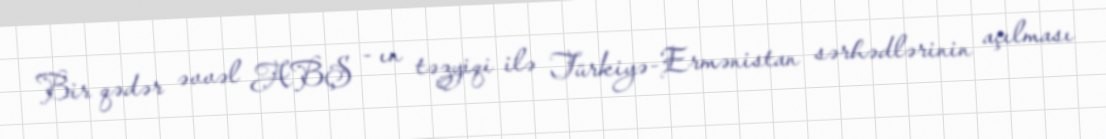
Bir qədər əvvəl ABŞ - ın təzyiqi ilə Türkiyə-Ermənistan sərhədlərinin açılması